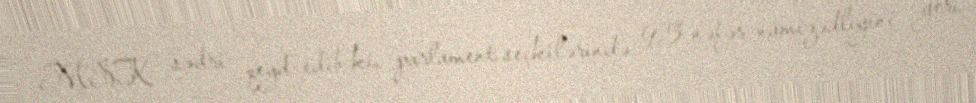
MSK sədri qeyd edib ki, parlament seçkilərində 95 nəfər namizədliyini geri